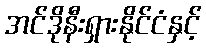
အင်ဒိုနီးရှားနိုင်ငံနှင့်